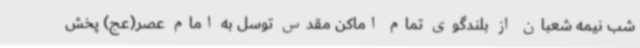
شب نیمه شعبان از بلندگوی تمام اماکن مقدس توسل به امام عصر(عج) پخش